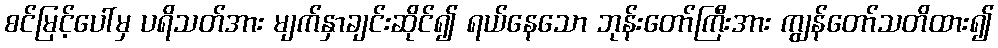
စင်မြင့်ပေါ်မှ ပရိသတ်အား မျက်နှာချင်းဆိုင်၍ ရယ်နေသော ဘုန်းတော်ကြီးအား ကျွန်တော်သတိထား၍